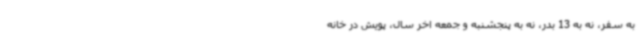
به سفر، نه به 13 بدر، نه به پنجشنبه و جمعه اخر سال، پویش در خانه